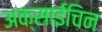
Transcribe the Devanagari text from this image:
अक्साईचिन